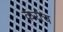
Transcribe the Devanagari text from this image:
करोच